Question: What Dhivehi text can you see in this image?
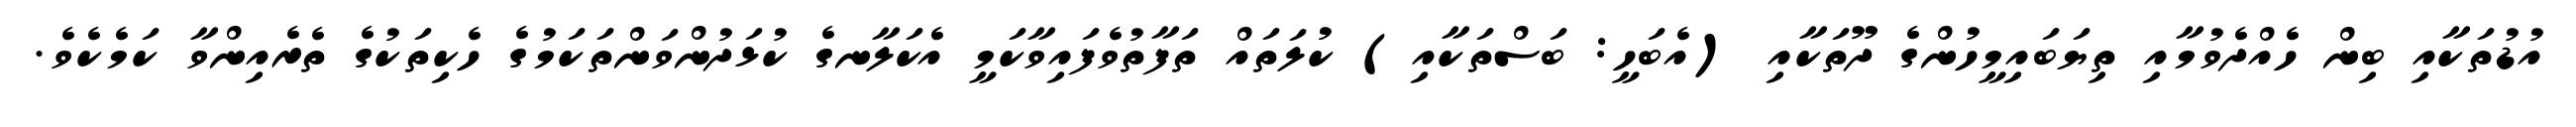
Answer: އުޑުތަކާއި ބިން ހެއްދެވުމާއި ތިޔަބައިމީހުންގެ ދޫތަކާއި (އެބަހީ: ބަސްތަކާއި) ކުލަތައް ތަފާތުވެފައިވާކަމީ އެކަލާނގެ ކުޅަދުންވަންތަކަމުގެ ހެކިތަކުގެ ތެރެއިންވާ ކަމެކެވެ.